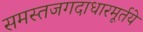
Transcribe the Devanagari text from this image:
समस्तजगदाधारमूर्तये